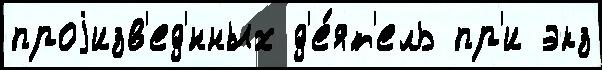
проjизв'ед'́нных д'е́ят'ель пр'и экз